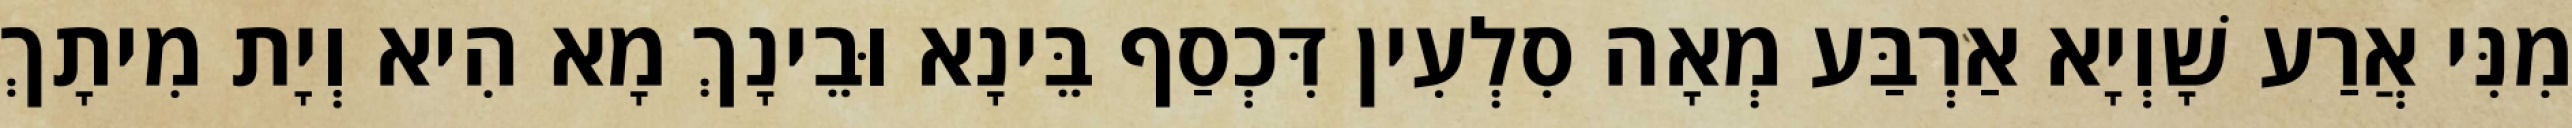
מִנִּי אֲרַע שָׁוְיָא אַרְבַּע מְאָה סִלְעִין דִּכְסַף בֵּינָא וּבֵינָךְ מָא הִיא וְיָת מִיתָךְ